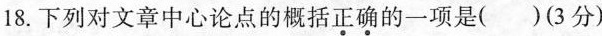
18.下列对文章中心论点的概括正确的一项是()(3分)